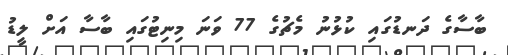
ބާސާގެ ދަނޑުގައި ކުޅުނު މެޗުގެ 77 ވަނަ މިިނިޓުގައި ބާސާ އަށް ލީޑު